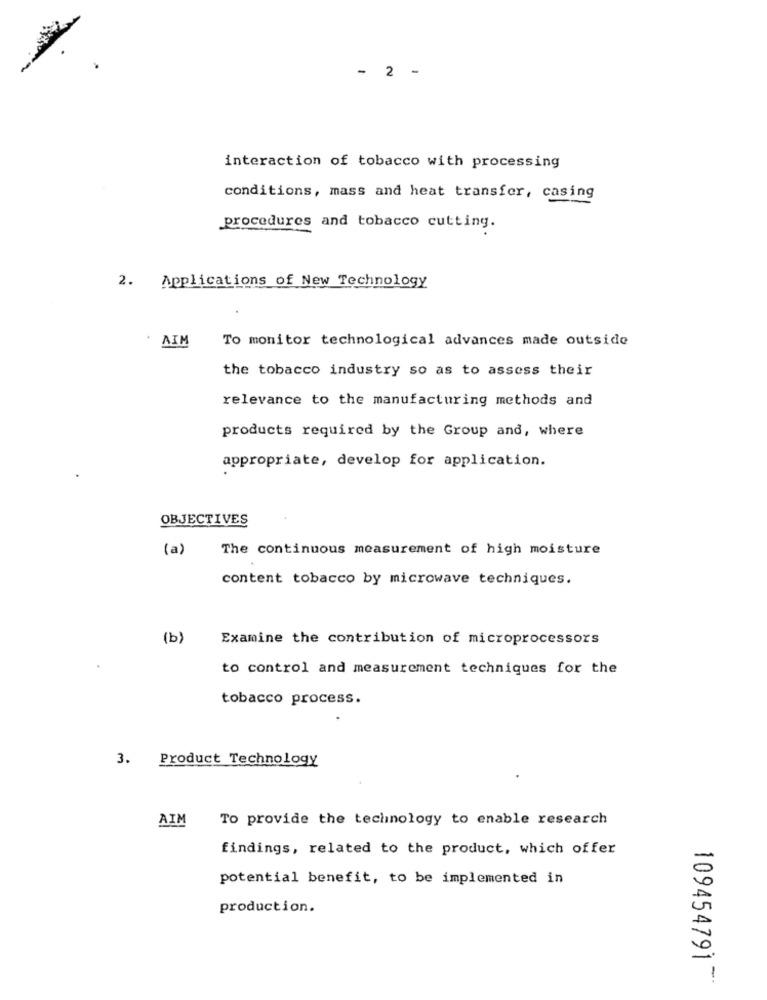
-
- 2 -
interaction of tobacco with processing
conditions, mass and heat transfer, casing
procedures and tobacco cutting.
2.
Applications of New Technology
AIM
To monitor technological advances made outside
the tobacco industry so as to assess their
relevance to the manufacturing methods and
products required by the Group and, where
appropriate, develop for application.
OBJECTIVES
(a)
The continuous measurement of high moisture
content tobacco by microwave techniques.
(b)
Examine the contribution of microprocessors
to control and measurement techniques for the
tobacco process.
3.
Product Technology
AIM
To provide the technology to enable research
findings, related to the product, which offer
potential benefit, to be implemented in
production.
1094547917